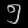
Digit: ၅